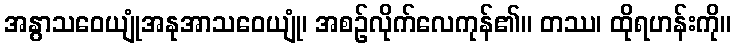
အနွာသဝေယျုံအနုအာသဝေယျုံ၊ အစဉ်လိုက်လေကုန်၏။ တဿ၊ ထိုရဟန်းကို။